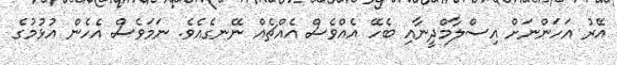
އޭރު އަހަންނަށް އިސްލާމްދީނާއި ބެހޭ އެއްވެސް އެއްޗެއް ނޭނގެއެވެ. ނަމަވެސް އެހެން އުޅުމުގެ